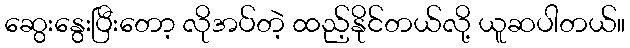
ဆွေးနွေးပြီးတော့ လိုအပ်တဲ့ ထည့်နိုင်တယ်လို့ ယူဆပါတယ်။